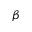
\beta